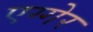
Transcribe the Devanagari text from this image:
एग्गेर